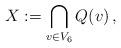
LaTeX: \begin{align*}X := \bigcap_{v\in V_6} Q(v)\, ,\end{align*}